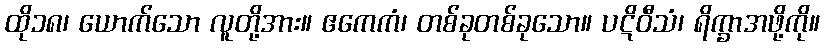
ထို၁၈၊ ယောက်သော လူတို့အား။ ဧကေကံ၊ တစ်ခုတစ်ခုသော။ ပဋိဝီသံ၊ ရိက္ခာအဖို့ကို။